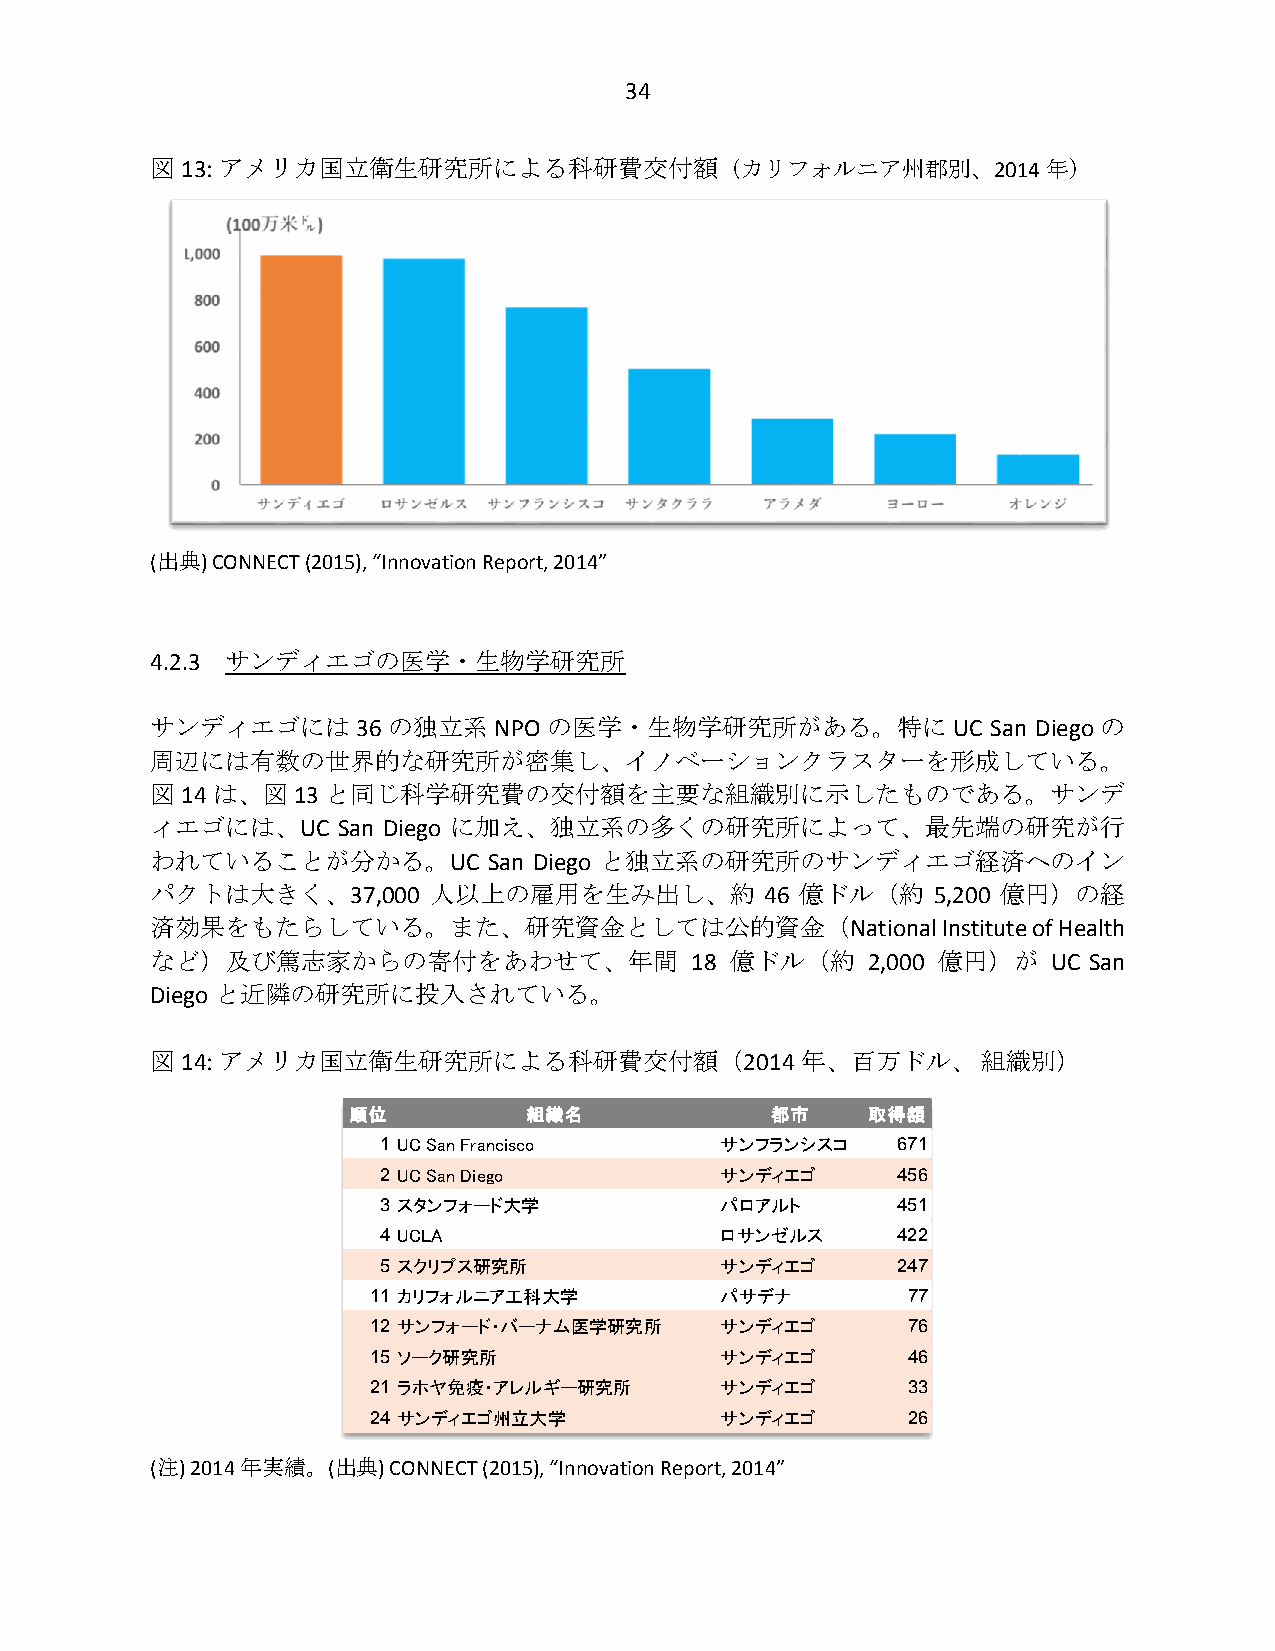
34
 図 13: アメリカ国立衛生研究所による科研費交付額（カリフォルニア州郡別、2014年）
 (出典) CONNECT (2015), “Innovation Report, 2014”
 4.2.3 サンディエゴの医学・生物学研究所
 サンディエゴには36      の独立系NPO   の医学・生物学研究所がある。特に           UC San Diego の
 周辺には有数の世界的な研究所が密集し、イノベーションクラスターを形成している。
 図14 は、図13   と同じ科学研究費の交付額を主要な組織別に示したものである。サンデ
 ィエゴには、UC    San Diego に加え、独立系の多くの研究所によって、最先端の研究が行
 われていることが分かる。UC        San Diego と独立系の研究所のサンディエゴ経済へのイン
 パクトは大きく、37,000    人以上の雇用を生み出し、約          46 億ドル（約   5,200 億円）の経
 済効果をもたらしている。また、研究資金としては公的資金（National                Institute of Health
 など）及び篤志家からの寄付をあわせて、年間               18 億ドル（約   2,000 億円）が   UC San
 Diego と近隣の研究所に投入されている。
 図 14: アメリカ国立衛生研究所による科研費交付額（2014            年、百万ドル、     組織別）
 順位          組織名             都市    取得額
 1 UC San Francisco     サンフランシスコ   671
 2 UC San Diego         サンディエゴ     456
 3 スタンフォード大学            パロアルト      451
 4 UCLA                 ロサンゼルス     422
 5 スクリプス研究所             サンディエゴ     247
 11 カリフォルニア工科大学          パサデナ        77
 12 サンフォード・バーナム医学研究所     サンディエゴ      76
 15 ソーク研究所               サンディエゴ      46
 21 ラホヤ免疫・アレルギー研究所       サンディエゴ      33
 24 サンディエゴ州立大学           サンディエゴ      26
 (注) 2014年実績。(出典) CONNECT (2015), “Innovation Report, 2014”